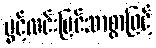
ပွင့်လင်းမြင်သာစွာဖြင့်